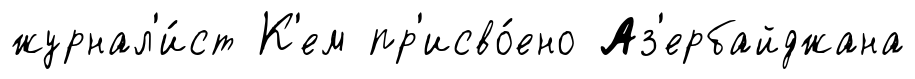
журнал'и́ст К'ем пр'исво́ено Аз'ербайджана